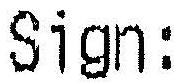
SIGN :